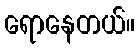
ရောနေတယ်။